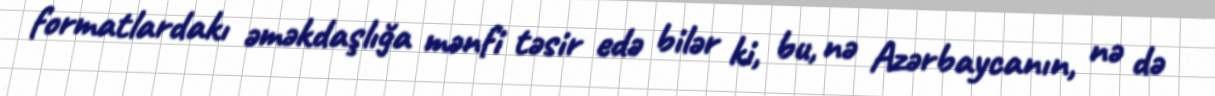
formatlardakı əməkdaşlığa mənfi təsir edə bilər ki, bu, nə Azərbaycanın, nə də